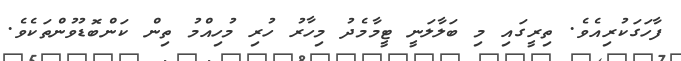
ފާހަގަކުރިއެވެ. ތިރީގައި މި ބަލާލަނީ ޓީމާމެދު މިހާރު ހުރި މުހިއްމު ތިން ކަންބޮޑުވުންތަކެވެ.